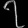
Digit: ၇